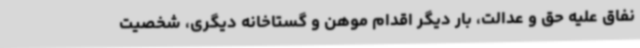
نفاق علیه حق و عدالت، بار دیگر اقدام موهن و گستاخانه دیگری، شخصیت